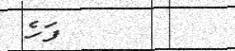
ފަހެ